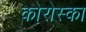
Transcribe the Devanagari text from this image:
कोरोस्का